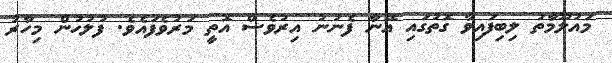
މައުލޫމާތު ލިިބިފައިވާ ގޮތުގައި އޭނާ ފެނުނު އިރުވެސް އޮތީ މަރުވެފައެވެ. ފުލުހުން މިހާރު